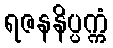
ရဇနနိပ္ပက္ကံ